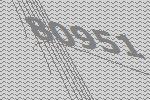
80951